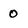
Character: 0